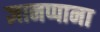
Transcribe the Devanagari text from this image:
ज्ञानप्पाना